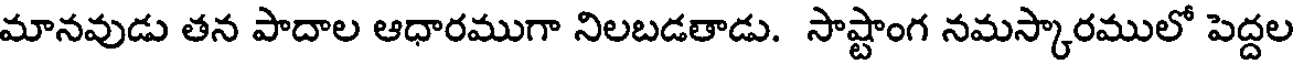
మానవుడు తన పాదాల ఆధారముగా నిలబడతాడు. సాష్టాంగ నమస్కారములో పెద్దల